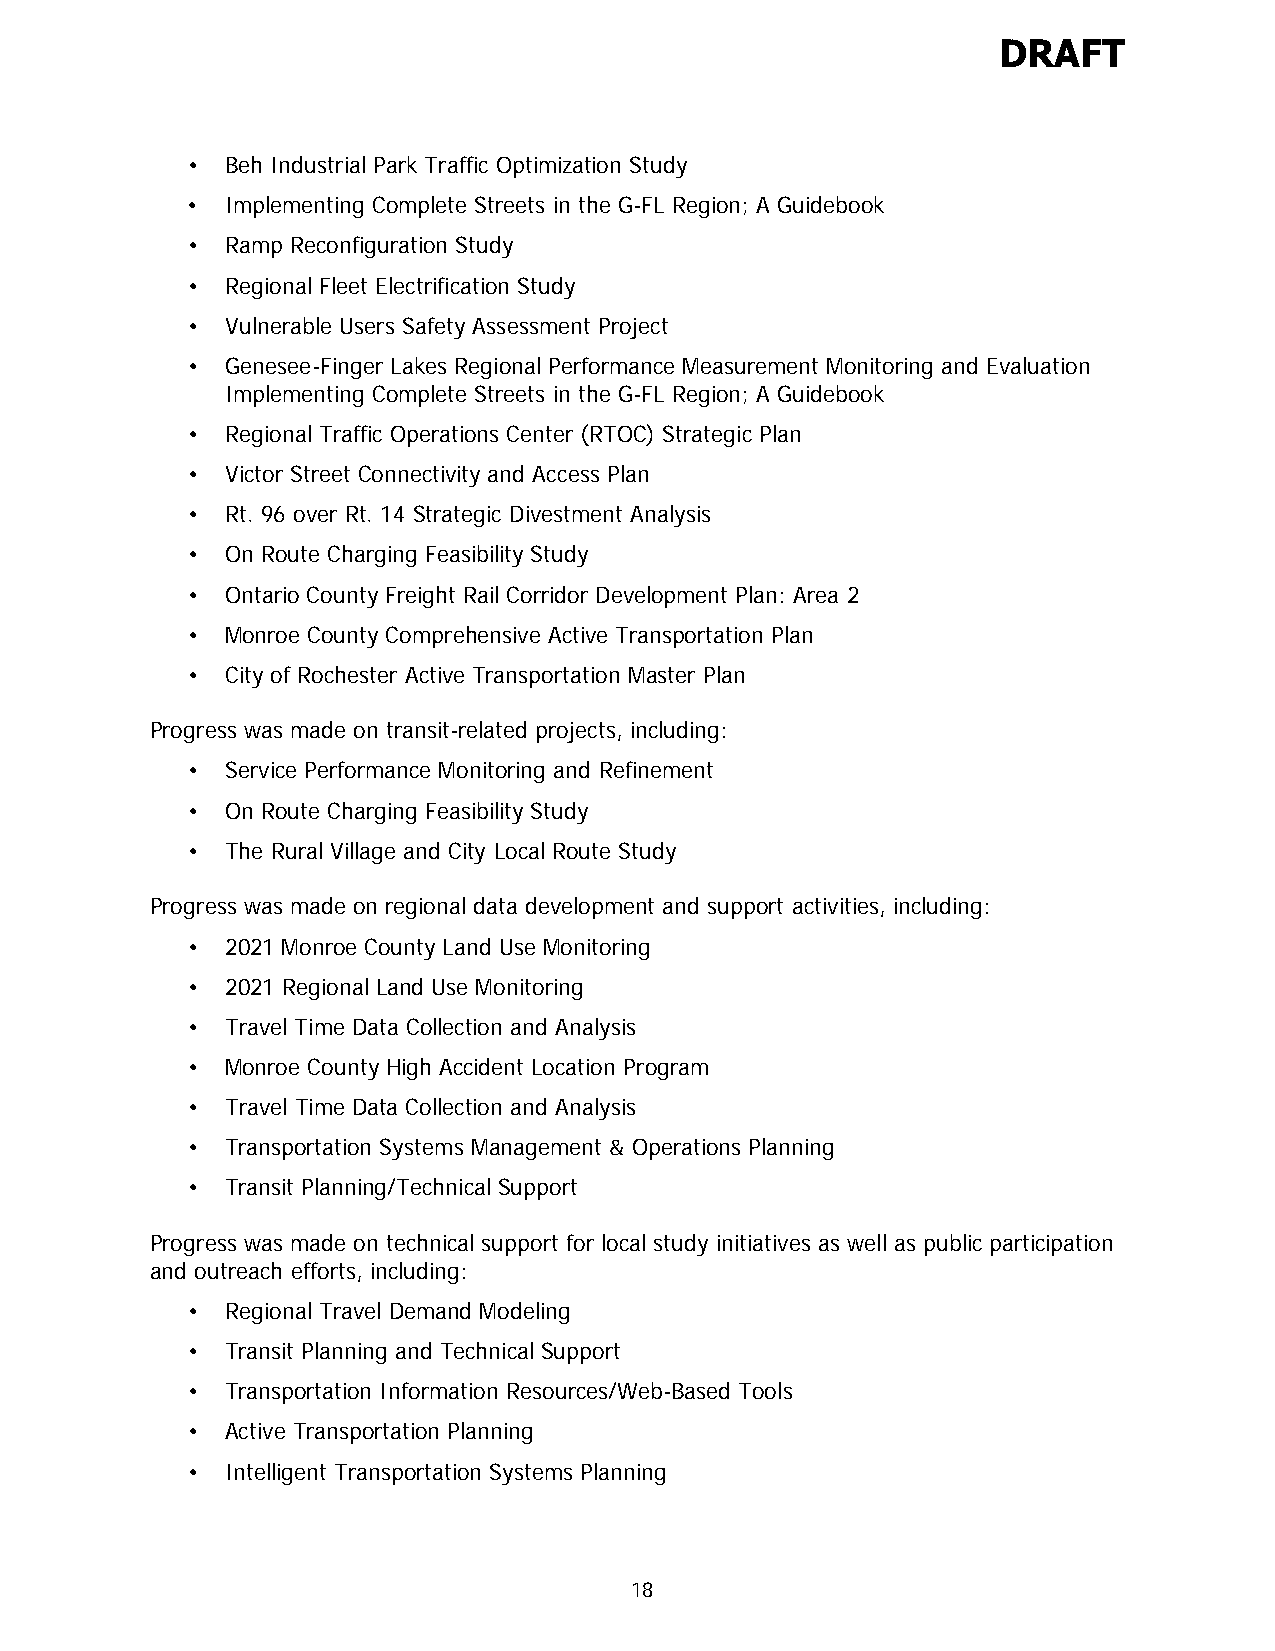
DRAFT
 •  Beh Industrial Park Traffic Optimization Study
 •  Implementing Complete Streets in the G-FL Region; A Guidebook
 •  Ramp Reconfiguration Study
 •  Regional Fleet Electrification Study
 •  Vulnerable Users Safety Assessment Project
 •  Genesee-Finger Lakes Regional Performance Measurement Monitoring and Evaluation
 Implementing Complete Streets in the G-FL Region; A Guidebook
 •  Regional Traffic Operations Center (RTOC) Strategic Plan
 •  Victor Street Connectivity and Access Plan
 •  Rt. 96 over Rt. 14 Strategic Divestment Analysis
 •  On Route Charging Feasibility Study
 •  Ontario County Freight Rail Corridor Development Plan: Area 2
 •  Monroe County Comprehensive Active Transportation Plan
 •  City of Rochester Active Transportation Master Plan
 Progress was made on transit-related projects, including:
 •  Service Performance Monitoring and Refinement
 •  On Route Charging Feasibility Study
 •  The Rural Village and City Local Route Study
 Progress was made on regional data development and support activities, including:
 •  2021 Monroe County Land Use Monitoring
 •  2021 Regional Land Use Monitoring
 •  Travel Time Data Collection and Analysis
 •  Monroe County High Accident Location Program
 •  Travel Time Data Collection and Analysis
 •  Transportation Systems Management & Operations Planning
 •  Transit Planning/Technical Support
 Progress was made on technical support for local study initiatives as well as public participation
 and outreach efforts, including:
 •  Regional Travel Demand Modeling
 •  Transit Planning and Technical Support
 •  Transportation Information Resources/Web-Based Tools
 •  Active Transportation Planning
 •  Intelligent Transportation Systems Planning
 18